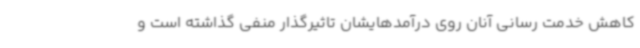
کاهش خدمت رسانی آنان روی درآمدهایشان تاثیرگذار منفی گذاشته است و